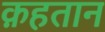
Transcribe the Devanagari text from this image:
क़हतान